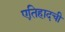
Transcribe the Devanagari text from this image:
एतिहादची